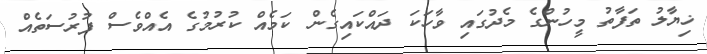
ޚިޔާލު ތަފާތު މީހުންގެ މެދުގައި ވާހަކަ ދައްކައިގެން ކަމެއް ކުރުމުގެ އެއްވެސް ފުރުސަތެއް